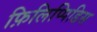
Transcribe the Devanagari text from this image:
फ़िलिप्पिडिस